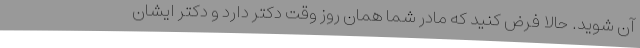
آن شوید. حالا فرض کنید که مادر شما همان روز وقت دکتر دارد و دکتر ایشان